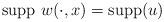
LaTeX: \begin{align*}\displaystyle \mbox{supp } w(\cdot ,x) = \mbox{supp}(u)\end{align*}